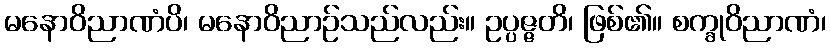
မနောဝိညာဏံပိ၊ မနောဝိညာဉ်သည်လည်း။ ဥပ္ပဇ္ဇတိ၊ ဖြစ်၏။ စက္ခုဝိညာဏံ၊